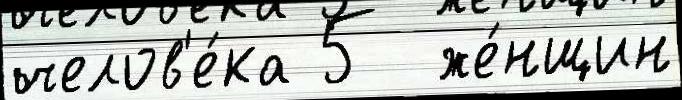
челов'е́ка 5  же́нщин